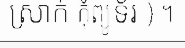
ស្រាក់ កុំព្យូទ័រ ) ។